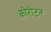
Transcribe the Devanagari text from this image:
कोरोटन